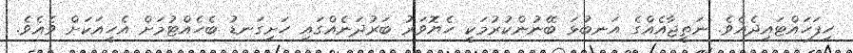
ހިފަހައްޓައިދެއެވެ. ނަތީޖާއެއްގެ އަނބުޅަ ބޭނުންކުރުމަކީ ހެޔޮވަރު ބަރުދަނެއްގައި ހަށިގަނޑު ބެހެއްޓުމަށް އެހީއަކަށް ވެއެވެ.